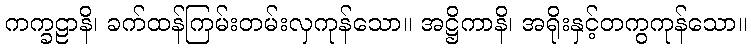
ကက္ခဠာနိ၊ ခက်ထန်ကြမ်းတမ်းလှကုန်သော။ အဋ္ဌိကာနိ၊ အရိုးနှင့်တကွကုန်သော။